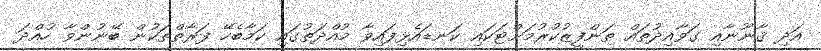
އަދި ޤާނޫނާއި ގަވާއިދުތައް ތަންފީޒުކުރުމަށްޓަކައި ކަނޑައެޅިފައިވާ މުއްދަތުގައި ކަމާބެހޭ ފަރާތްތަކުން ބޭނުންވާ ހުއްދަ